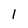
Character: 1